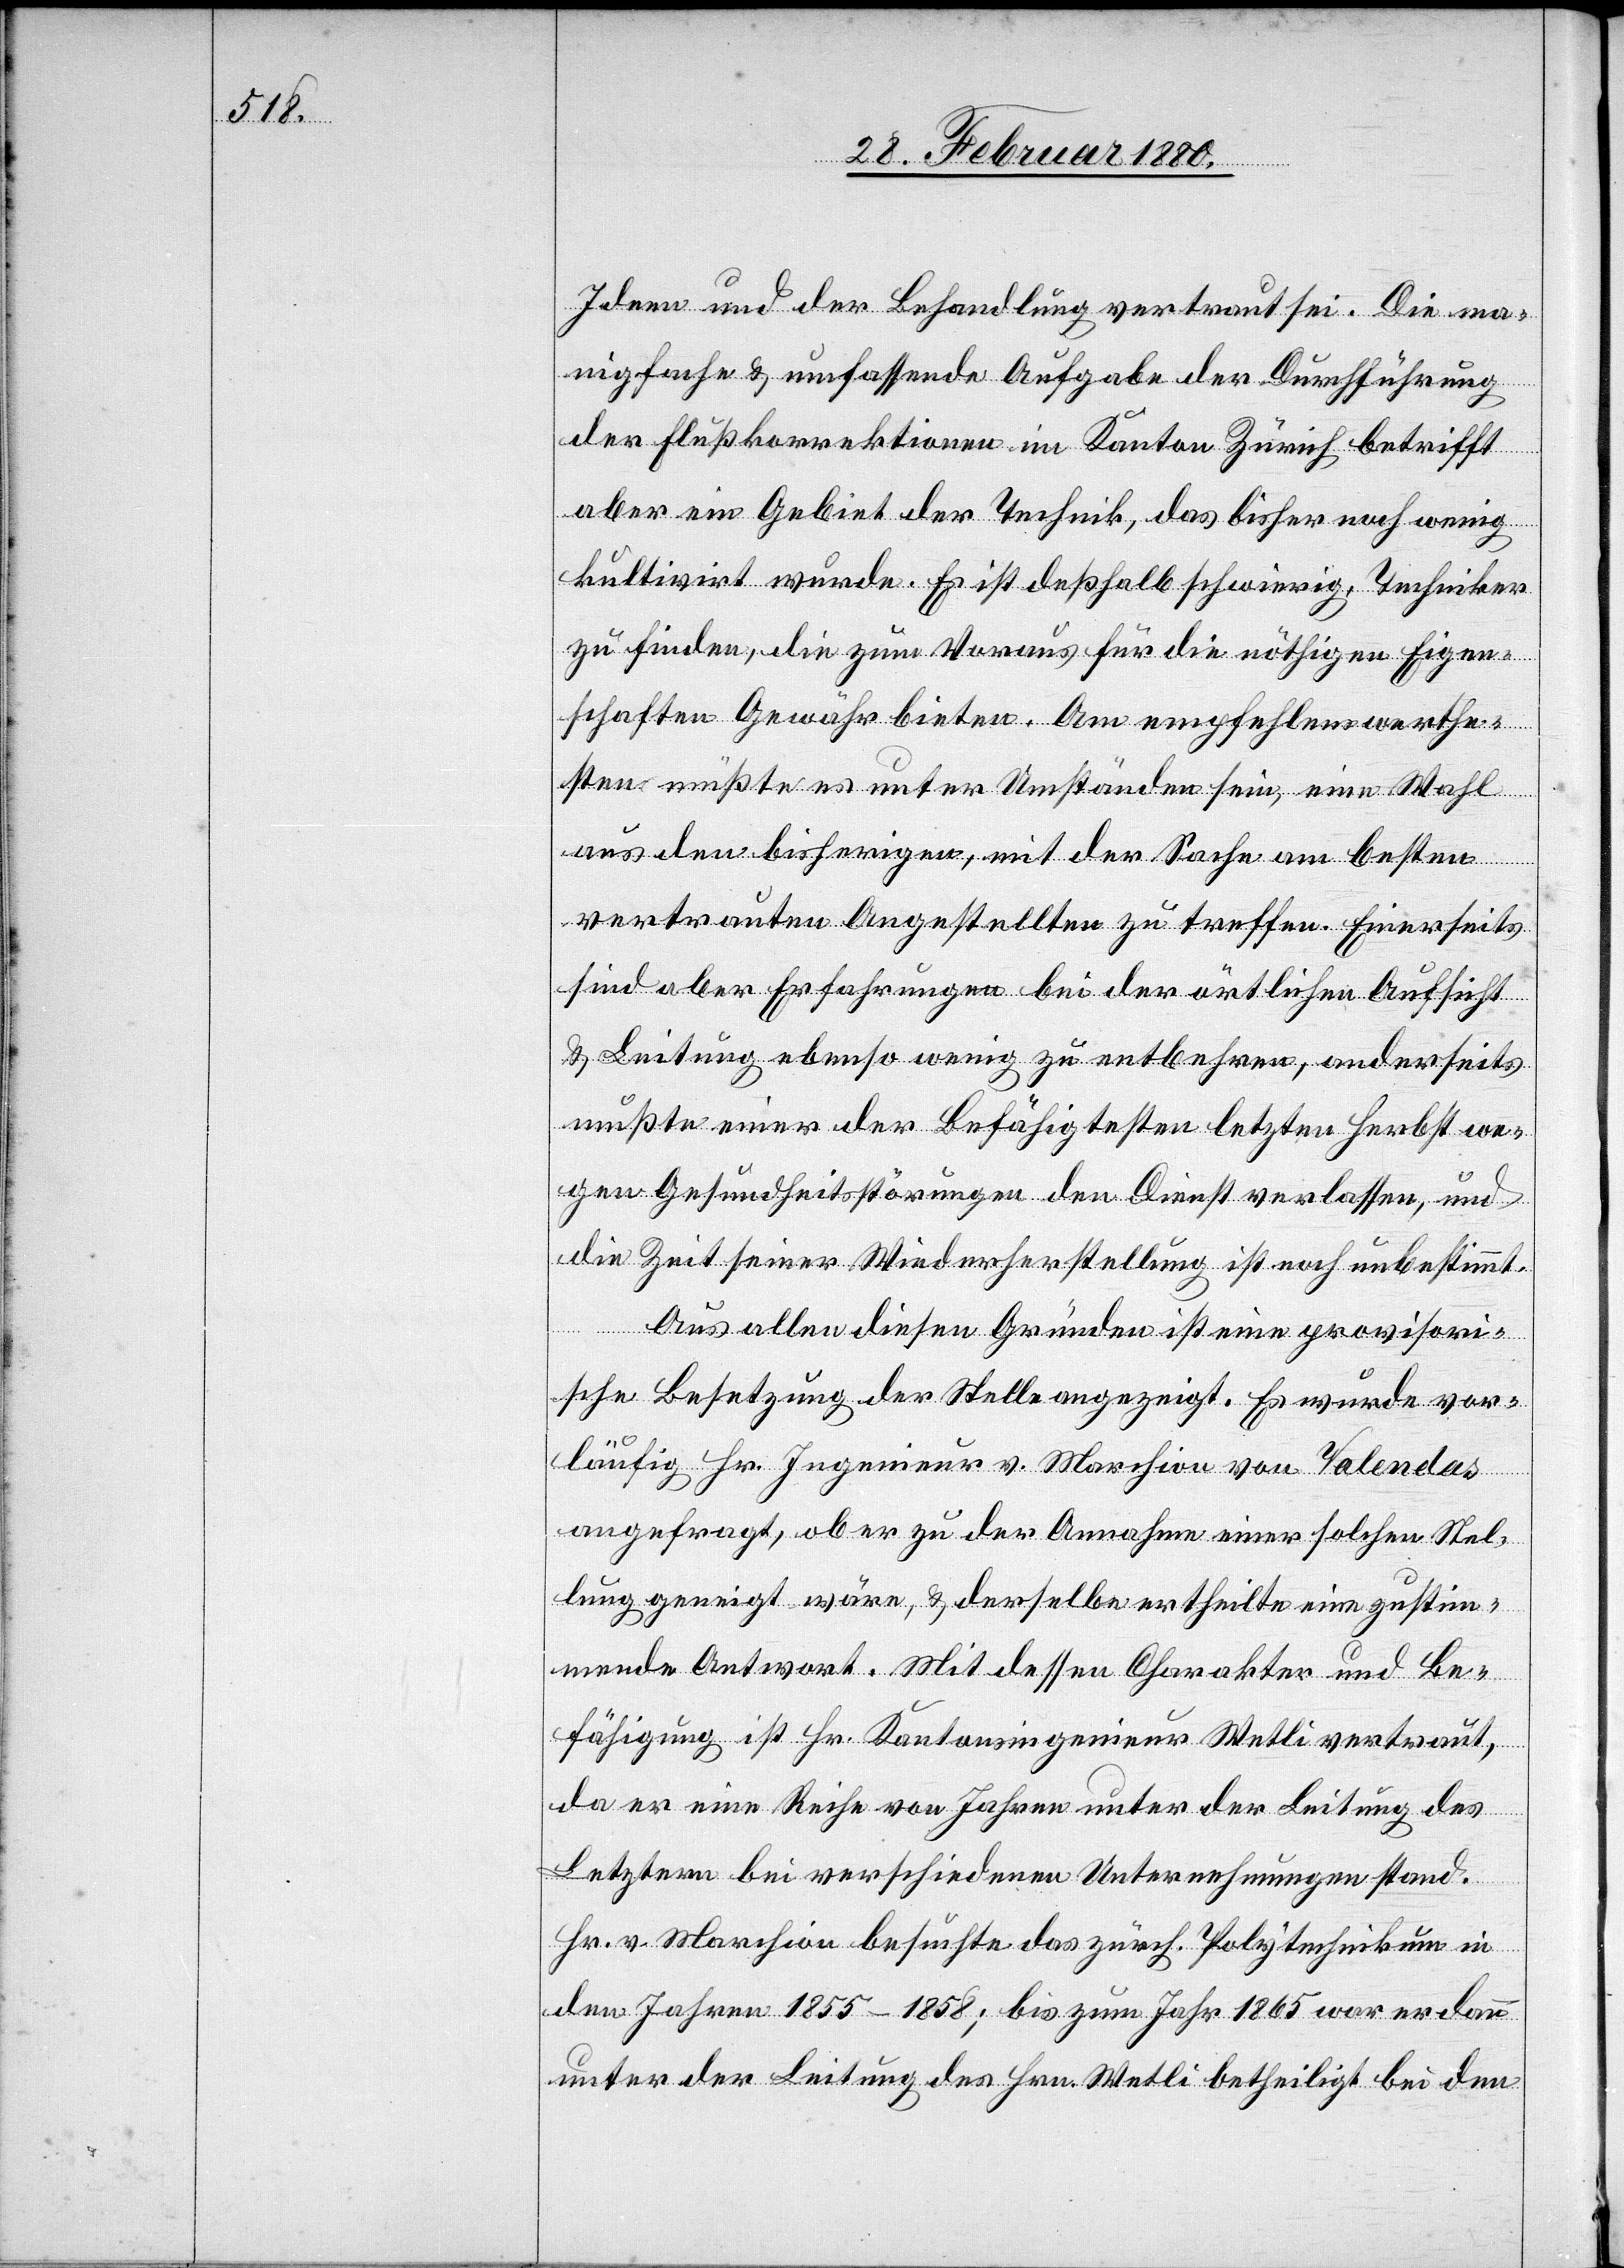
Ideen und der Behandlung vertraut sei. Die ma¬
nigfache & umfassende Aufgabe der Durchführung
der Flußkorrektionen im Kanton Zürich betrifft
aber ein Gebiet der Technik, das bisher noch wenig
kultivirt wurde. Es ist deßhalb schwierig, Techniker
zu finden, die zum Voraus für die nöthigen Eigen¬
schaften Gewähr bieten. Am empfehlenswerthe¬
sten müßte es unter Umständen sein, eine Wahl
aus den bisherigen, mit der Sache am besten
vertrauten Angestellten zu treffen. Einerseits
sind aber Erfahrungen bei der örtlichen Aufsicht
& Leitung ebenso wenig zu entbehren, anderseits
mußte einer der Befähigtesten letzten Herbst we¬
gen Gesundheitsstörungen den Dienst verlassen, und
die Zeit seiner Wiederherstellung ist noch unbestimmt.
Aus allen diesen Gründen ist eine provisori¬
sche Besetzung der Stelle angezeigt. Es wurde vor¬
läufig Hr. Ingenieur v. Marchion von Valendas
angefragt, ob er zu der Annahme einer solchen Stel¬
le geneigt wäre, & derselbe ertheilte eine zustim¬
mende Antwort. Mit dessen Charakter und Be¬
fähigung ist Hr. Kantonsingenieur Wetli vertraut,
da er eine Reihe von Jahren unter der Leitung des
Letztern bei verschiedenen Unternehmungen stand.
Hr. v. Marchion besuchte das zürch. Polytechnikum in
den Jahren 1855–1858; bis zum Jahr 1865 war er dann
unter der Leitung des Hrn. Wetli betheiligt bei den